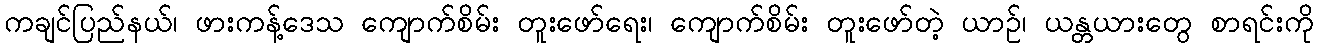
ကချင်ပြည်နယ်၊ ဖားကန့်ဒေသ ကျောက်စိမ်း တူးဖော်ရေး၊ ကျောက်စိမ်း တူးဖော်တဲ့ ယာဉ်၊ ယန္တယားတွေ စာရင်းကို